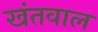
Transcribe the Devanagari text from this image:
खंतवाल